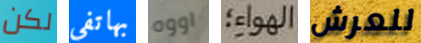
لكن بهاتفي اووه الهواء؛ للعرش